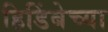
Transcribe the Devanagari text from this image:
हिडिंबेच्या